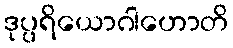
ဒုပ္ပရိယောဂါဟောတိ